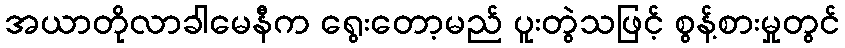
အယာတိုလာခါမေနီက ရွေးတော့မည် ပူးတွဲသဖြင့် စွန့်စားမှုတွင်